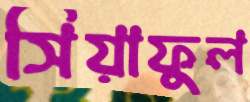
সিয়াফুল